Scottish Leaving Certificate Examination, 1961
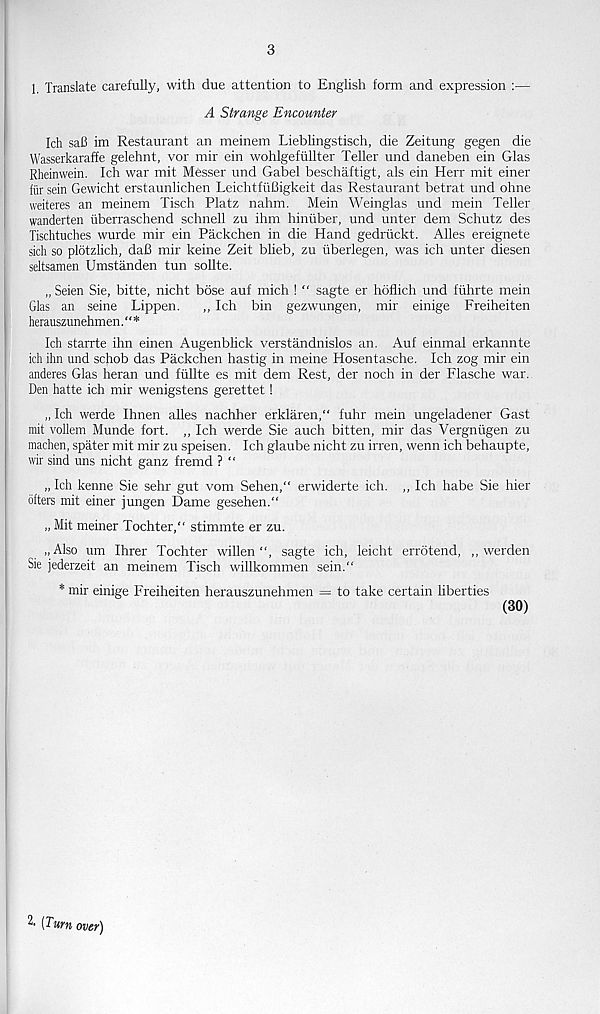
3
1 Translate carefully, with due attention to English form and expression :—
A Strange Encounter
Ich saB im Restaurant an meinem Lieblingstisch, die Zeitung gegen die
Wasserkaraffe gelehnt, vor mir ein wohlgefullter Teller und daneben ein Glas
Rheinwein. Ich war mit Messer und Gabel beschaftigt, als ein Herr mit einer
fiir sein Gewicht erstaunlichen LeichtfiiBigkeit das Restaurant betrat und ohne
weiteres an meinem Tisch Platz nahm. Mein Weinglas und mein Teller
wanderten uberraschend schnell zu ihm hiniiber, und unter dem Schutz des
Tischtuches wurde mir ein Packchen in die Hand gedriickt. Alles ereignete
sidi so plotzlich, daB mir keine Zeit blieb, zu iiberlegen, was ich unter diesen
seltsamen Umstanden tun sollte.
„Seien Sie, bitte, nicht bdse auf mich ! “ sagte er hoflich und fiihrte mein
Glas an seine Lippen.
,, Ich bin gezwungen, mir einige Freiheiten
herauszunehmen. “ *
Ich starrte ihn einen Augenblick verstandnislos an. Auf einmal erkannte
ich ihn und schob das Packchen hastig in meine Hosentasche. Ich zog mir ein
anderes Glas heran und fiillte es mit dem Rest, der noch in der Flasche war.
Den hatte ich mir wenigstens gerettet!
„ Ich werde Ihnen alles nachher erklaren," fuhr mein ungeladener Gast
mit vollem Munde fort. „ Ich werde Sie auch bitten, mir das Vergniigen zu
machen, spater mit mir zu speisen. Ich glaube nicht zu irren, wenn ich behaupte,
wir sind uns nicht ganz fremd ? “
„ Ich kenne Sie sehr gut vom Sehen," erwiderte ich. ,, Ich habe Sie hier
offers mit einer jungen Dame gesehen."
„ Mit meiner Tochter," stimmte er zu.
„Also um Ihrer Tochter willen
sagte ich, leicht errotend, ,, werden
Sie jederzeit an meinem Tisch willkommen sein.“
* mir einige Freiheiten herauszunehmen = to take certain liberties
(30)
^ [Turn over)